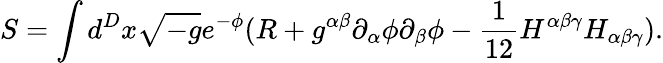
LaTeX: S=\int d^{D}x\sqrt{-g}e^{-\phi}(R+g^{\alpha\beta}\partial_{\alpha}\phi\partial_{\beta}\phi-\frac 1{12}H^{\alpha\beta\gamma}H_{\alpha\beta\gamma}).